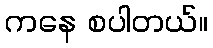
ကနေ စပါတယ်။